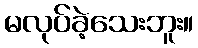
မလုပ်ခဲ့သေးဘူး။